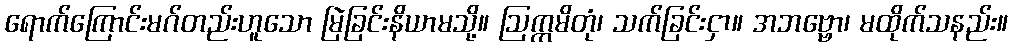
ရောက်ကြောင်းမဂ်တည်းဟူသော မြဲခြင်းနိယာမသို့။ ဩက္ကမိတုံ၊ သက်ခြင်းငှာ။ အဘဗ္ဗော၊ မထိုက်သနည်း။